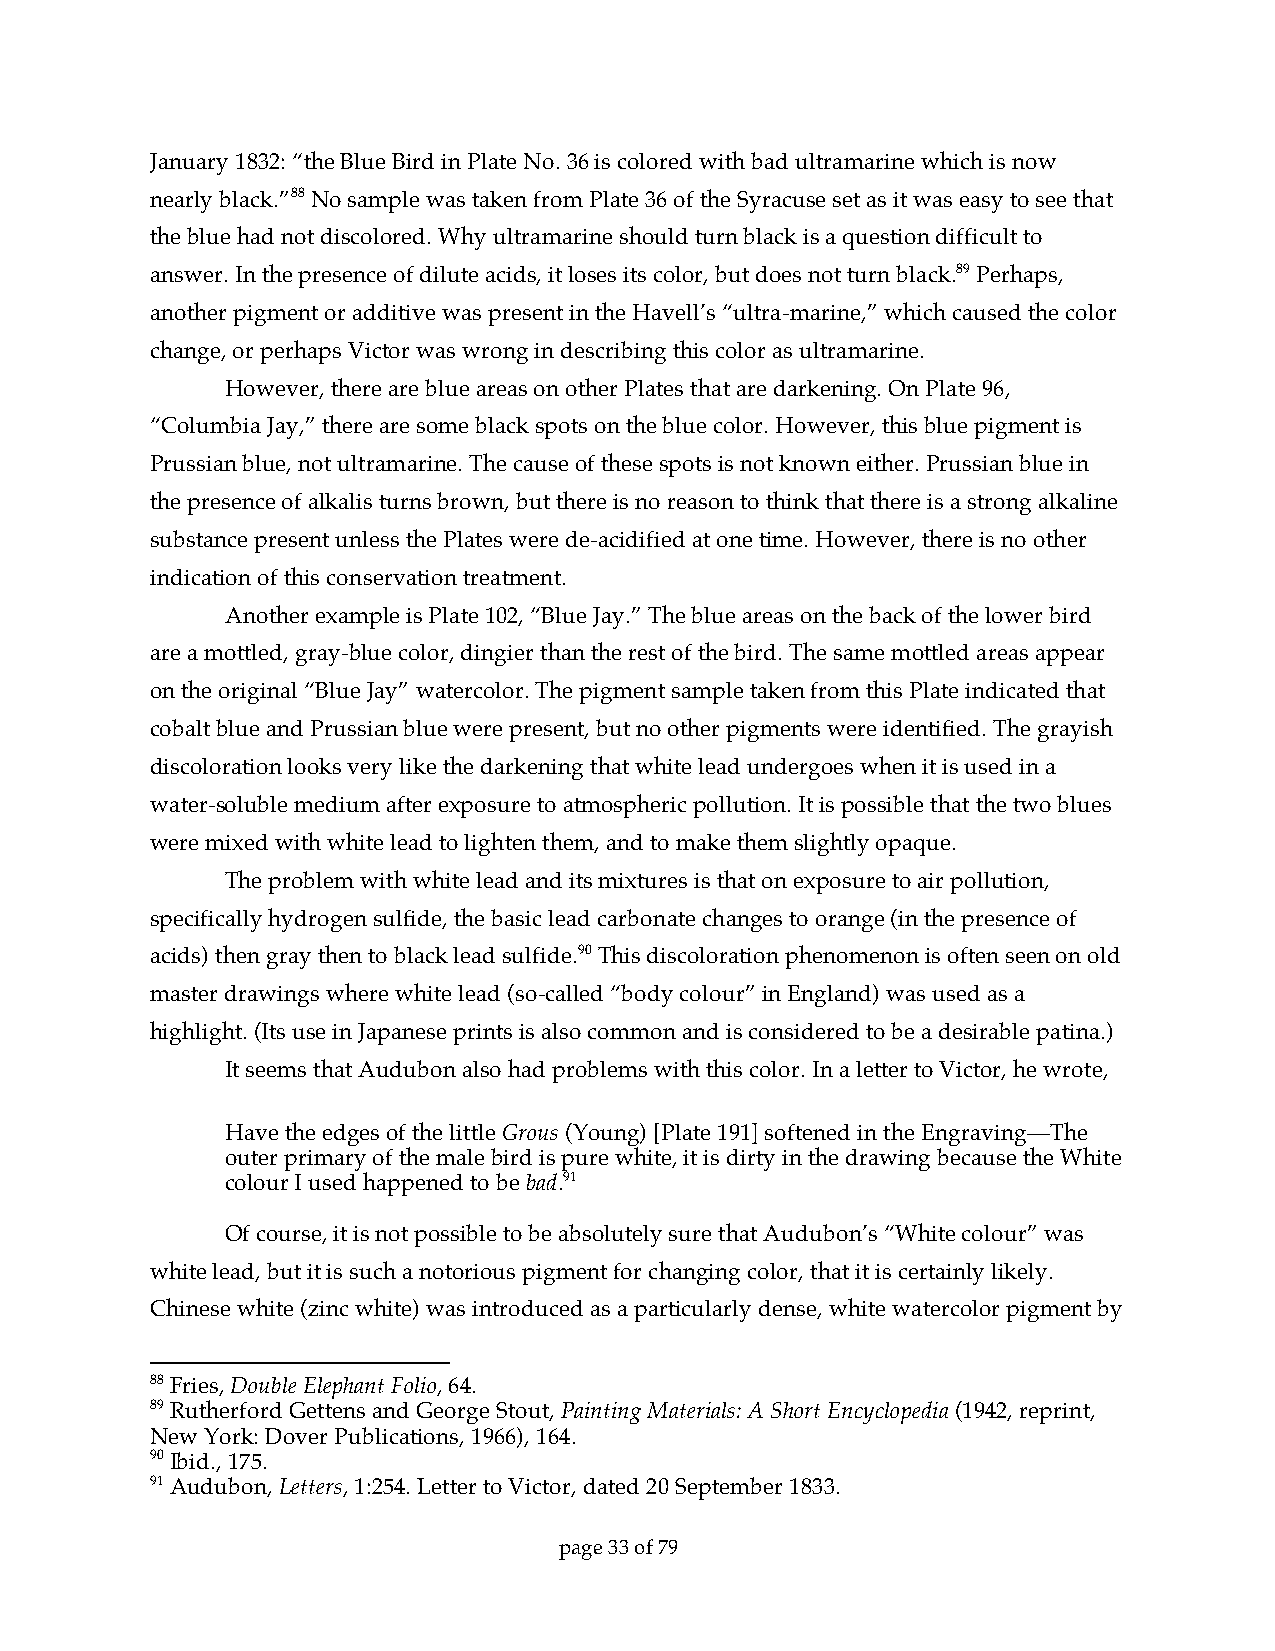
January 1832: “the Blue Bird in Plate No. 36 is colored with bad ultramarine which is now
 nearly black.”88 No sample was taken from Plate 36 of the Syracuse set as it was easy to see that
 the blue had not discolored. Why ultramarine should turn black is a question difficult to
 answer. In the presence of dilute acids, it loses its color, but does not turn black.89 Perhaps,
 another pigment or additive was present in the Havell’s “ultra-marine,” which caused the color
 change, or perhaps Victor was wrong in describing this color as ultramarine.
 However, there are blue areas on other Plates that are darkening. On Plate 96,
 “Columbia Jay,” there are some black spots on the blue color. However, this blue pigment is
 Prussian blue, not ultramarine. The cause of these spots is not known either. Prussian blue in
 the presence of alkalis turns brown, but there is no reason to think that there is a strong alkaline
 substance present unless the Plates were de-acidified at one time. However, there is no other
 indication of this conservation treatment.
 Another example is Plate 102, “Blue Jay.” The blue areas on the back of the lower bird
 are a mottled, gray-blue color, dingier than the rest of the bird. The same mottled areas appear
 on the original “Blue Jay” watercolor. The pigment sample taken from this Plate indicated that
 cobalt blue and Prussian blue were present, but no other pigments were identified. The grayish
 discoloration looks very like the darkening that white lead undergoes when it is used in a
 water-soluble medium after exposure to atmospheric pollution. It is possible that the two blues
 were mixed with white lead to lighten them, and to make them slightly opaque.
 The problem with white lead and its mixtures is that on exposure to air pollution,
 specifically hydrogen sulfide, the basic lead carbonate changes to orange (in the presence of
 acids) then gray then to black lead sulfide.90 This discoloration phenomenon is often seen on old
 master drawings where white lead (so-called “body colour” in England) was used as a
 highlight. (Its use in Japanese prints is also common and is considered to be a desirable patina.)
 It seems that Audubon also had problems with this color. In a letter to Victor, he wrote,
 Have the edges of the little Grous (Young) [Plate 191] softened in the Engraving—The
 outer primary of the male bird is pure white, it is dirty in the drawing because the White
 colour I used happened to be bad.91
 Of course, it is not possible to be absolutely sure that Audubon’s “White colour” was
 white lead, but it is such a notorious pigment for changing color, that it is certainly likely.
 Chinese white (zinc white) was introduced as a particularly dense, white watercolor pigment by
 88 Fries, Double Elephant Folio, 64.
 89 Rutherford Gettens and George Stout, Painting Materials: A Short Encyclopedia (1942, reprint,
 New York: Dover Publications, 1966), 164.
 90 Ibid., 175.
 91 Audubon, Letters, 1:254. Letter to Victor, dated 20 September 1833.
 page 33 of 79